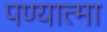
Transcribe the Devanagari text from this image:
पण्यात्मा